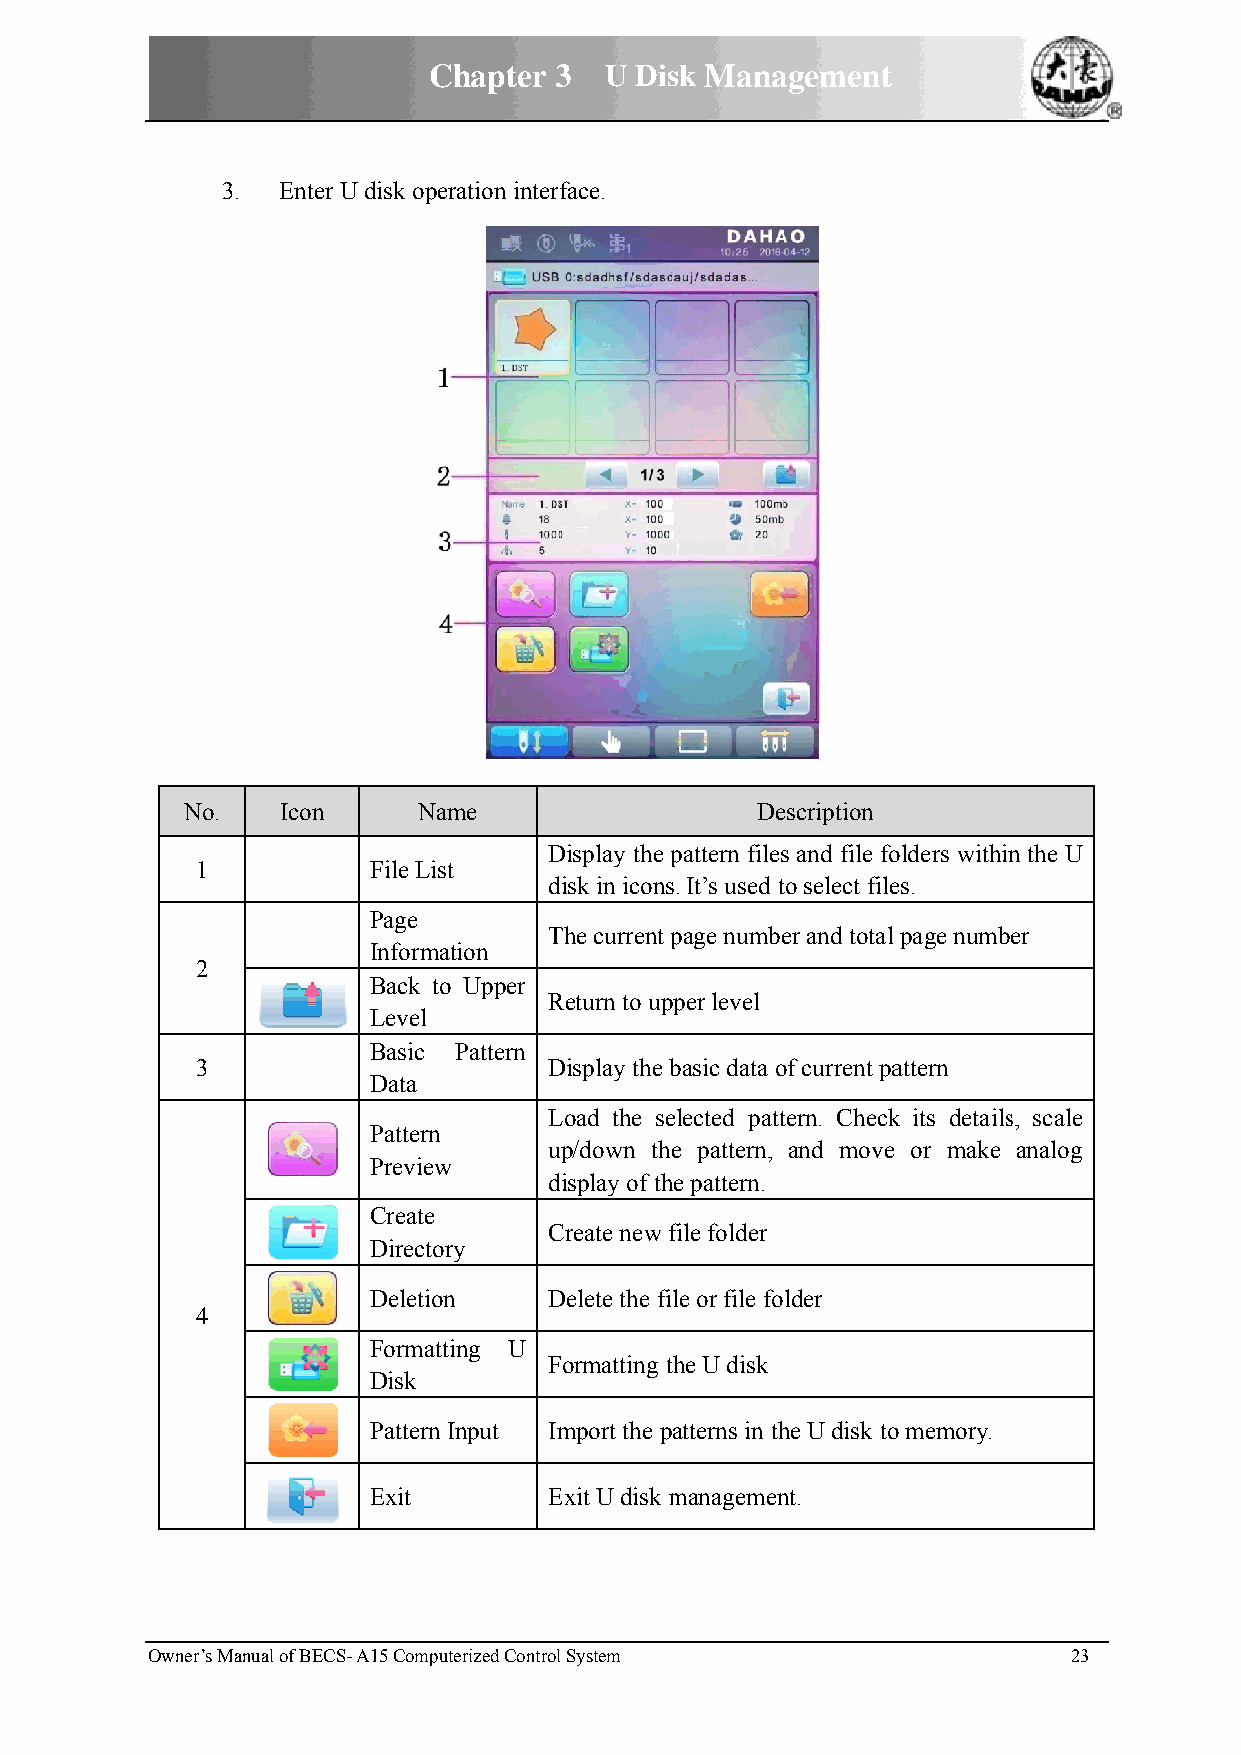
CChapter 33 U Dissk Manaagement
 33. Enter U disk operation interfface.
 No.   Icon      Namme                 Deescription
 DDisplay the ppattern filess and file foolders withinn the U
 1          File Listt
 ddisk in iconss. It’s used to select filees.
 Page
 TThe current ppage numbeer and total page numbber
 Informaation
 2
 Back too Upper
 RReturn to uppper level
 Level
 Basic Pattern
 3                      DDisplay the bbasic data oof current paattern
 Data
 LLoad the seelected patttern. Checkk its detailss, scale
 Pattern
 uup/down thee pattern, and move or make analog
 Previeww
 ddisplay of thhe pattern.
 Create
 CCreate new ffile folder
 Directorry
 Deletionn   DDelete the file or file follder
 4
 Formattting U
 FFormatting tthe U disk
 Disk
 Pattern IInput Immport the patterns in thhe U disk too memory.
 Exit        EExit U disk mmanagemennt.
 Owner’s MManual of BECS- A15 Computerized Controll System    23